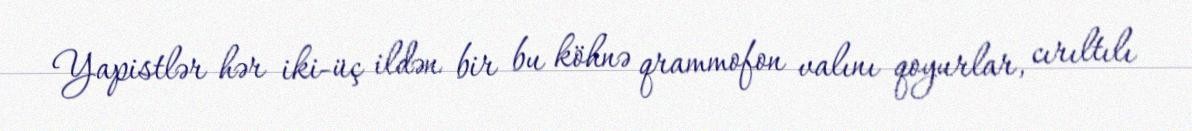
Yapistlər hər iki-üç ildən bir bu köhnə qrammofon valını qoyurlar, cırıltılı